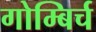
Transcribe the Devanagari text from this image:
गोम्बिर्च